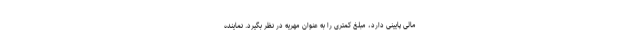
مالی پایینی دارد، مبلغ کمتری را به عنوان مهریه در نظر بگیرد. نماینده